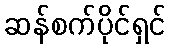
ဆန်စက်ပိုင်ရှင်